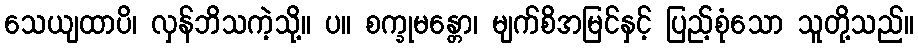
သေယျထာပိ၊ လှန်ဘိသကဲ့သို့။ ပ။ စက္ခုမန္တော၊ မျက်စိအမြင်နှင့် ပြည့်စုံသော သူတို့သည်။